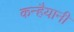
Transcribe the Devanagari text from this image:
कन्हैयानी